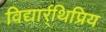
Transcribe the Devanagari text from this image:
विद्यार्र्थिप्रिय